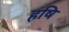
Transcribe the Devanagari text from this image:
हषि